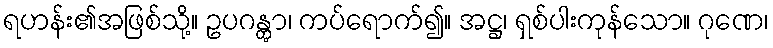
ရဟန်း၏အဖြစ်သို့။ ဥပဂန္တွာ၊ ကပ်ရောက်၍။ အဋ္ဌ၊ ရှစ်ပါးကုန်သော။ ဂုဏေ၊